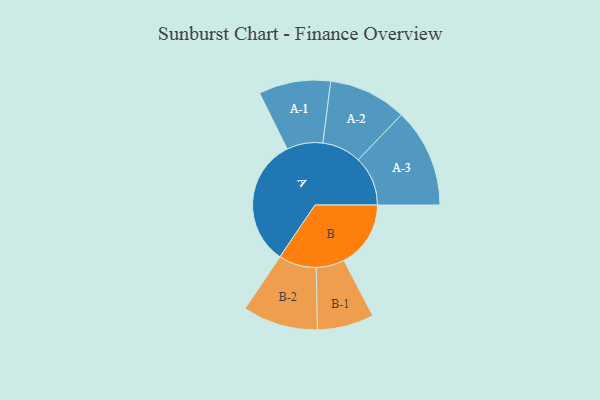
{"axis": {"x": "Segment", "y": "Value"}, "legend": ["", "A", "B"], "data": [{"x": "A", "y": 452, "type": ""}, {"x": "B", "y": 236, "type": ""}, {"x": "A-1", "y": 127, "type": "A"}, {"x": "A-2", "y": 138, "type": "A"}, {"x": "A-3", "y": 175, "type": "A"}, {"x": "B-1", "y": 100, "type": "B"}, {"x": "B-2", "y": 133, "type": "B"}]}